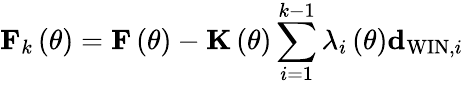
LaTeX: {\mathbf F}_{k}\left(\theta\right)={\mathbf F}\left(\theta\right)-{\mathbf K}\left(\theta\right)\sum_{i=1}^{k-1}\lambda_{i}\left(\theta\right){\mathbf d}_{\mathrm{WIN},i}